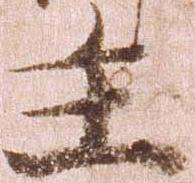
主